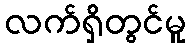
လက်ရှိတွင်မူ